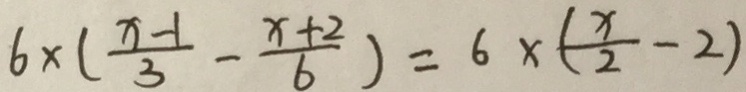
6 \times ( \frac { x - 1 } { 3 } - \frac { x + 2 } { 6 } ) = 6 \times ( \frac { x } { 2 } - 2 )